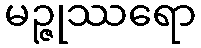
မဉ္ဇုဿရော